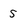
Character: 5